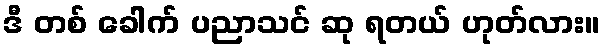
ဒီ တစ် ခေါက် ပညာသင် ဆု ရတယ် ဟုတ်လား။